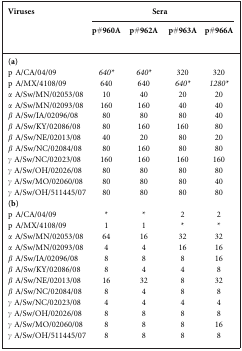
<table><thead><tr><td rowspan="2"><b>Viruses</b></td><td colspan="4"><b>Sera</b></td></tr><tr><td><b>p#960A</b></td><td><b>p#962A</b></td><td><b>p#963A</b></td><td><b>p#966A</b></td></tr></thead><tbody><tr><td><b>(a)</b></td><td></td><td></td><td></td><td></td></tr><tr><td>p A/CA/04/09</td><td><i>640*</i></td><td><i>640*</i></td><td>320</td><td>320</td></tr><tr><td>p A/MX/4108/09</td><td>640</td><td>640</td><td><i>640*</i></td><td><i>1280*</i></td></tr><tr><td><i>α</i> A/Sw/MN/02053/08</td><td>10</td><td>40</td><td>20</td><td>20</td></tr><tr><td><i>α</i> A/Sw/MN/02093/08</td><td>160</td><td>160</td><td>40</td><td>40</td></tr><tr><td><i>β</i> A/Sw/IA/02096/08</td><td>80</td><td>80</td><td>80</td><td>40</td></tr><tr><td><i>β</i> A/Sw/KY/02086/08</td><td>80</td><td>160</td><td>160</td><td>80</td></tr><tr><td><i>β</i> A/Sw/NE/02013/08</td><td>40</td><td>20</td><td>80</td><td>20</td></tr><tr><td><i>β</i> A/Sw/NC/02084/08</td><td>80</td><td>160</td><td>80</td><td>80</td></tr><tr><td><i>γ</i> A/Sw/NC/02023/08</td><td>160</td><td>160</td><td>160</td><td>160</td></tr><tr><td><i>γ</i> A/Sw/OH/02026/08</td><td>80</td><td>80</td><td>80</td><td>80</td></tr><tr><td><i>γ</i> A/Sw/MO/02060/08</td><td>80</td><td>80</td><td>80</td><td>40</td></tr><tr><td><i>γ</i> A/Sw/OH/511445/07</td><td>80</td><td>80</td><td>80</td><td>80</td></tr><tr><td><b>(b)</b></td><td></td><td></td><td></td><td></td></tr><tr><td>p A/CA/04/09</td><td>*</td><td>*</td><td>2</td><td>2</td></tr><tr><td>p A/MX/4108/09</td><td>1</td><td>1</td><td>*</td><td>*</td></tr><tr><td><i>α</i> A/Sw/MN/02053/08</td><td>64</td><td>16</td><td>32</td><td>32</td></tr><tr><td><i>α</i> A/Sw/MN/02093/08</td><td>4</td><td>4</td><td>16</td><td>16</td></tr><tr><td><i>β</i> A/Sw/IA/02096/08</td><td>8</td><td>8</td><td>8</td><td>16</td></tr><tr><td><i>β</i> A/Sw/KY/02086/08</td><td>8</td><td>4</td><td>4</td><td>8</td></tr><tr><td><i>β</i> A/Sw/NE/02013/08</td><td>16</td><td>32</td><td>8</td><td>32</td></tr><tr><td><i>β</i> A/Sw/NC/02084/08</td><td>8</td><td>4</td><td>8</td><td>8</td></tr><tr><td><i>γ</i> A/Sw/NC/02023/08</td><td>4</td><td>4</td><td>4</td><td>4</td></tr><tr><td><i>γ</i> A/Sw/OH/02026/08</td><td>8</td><td>8</td><td>8</td><td>8</td></tr><tr><td><i>γ</i> A/Sw/MO/02060/08</td><td>8</td><td>8</td><td>8</td><td>16</td></tr><tr><td><i>γ</i> A/Sw/OH/511445/07</td><td>8</td><td>8</td><td>8</td><td>8</td></tr></tbody></table>